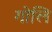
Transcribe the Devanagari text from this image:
गोलि